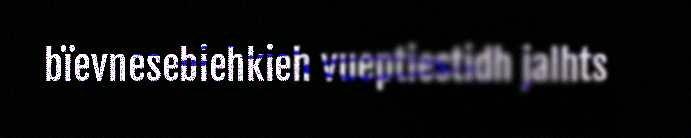
bïevnesebiehkieh vueptiestidh jalhts